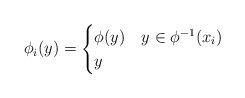
LaTeX: \begin{align*}\phi_i(y) =\begin{cases}\phi(y) & y \in \phi^{-1}(x_i) \\y & \end{cases}\end{align*}